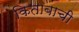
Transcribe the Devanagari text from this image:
किताबाची